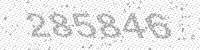
Solution: 285846